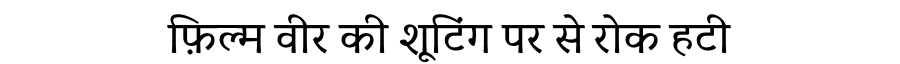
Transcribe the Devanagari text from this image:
फ़िल्म वीर की शूटिंग पर से रोक हटी